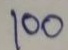
100